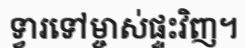
ទ្វារទៅម្ចាស់ផ្ទះវិញ។